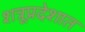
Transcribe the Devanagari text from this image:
शत्रूप्रदेशात